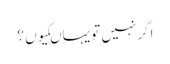
اگر نہیں تو یہاںکیوں ؟